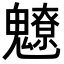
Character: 𩴤